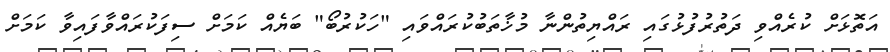
އަތޮޅަށް ކުރެއްވި ދަތުރުފުޅުގައި ރައްޔިތުންނާ މުޚާތަބުކުރައްވައި "ހަކުރުބޯ" ބަޔެއް ކަމަށް ސިފަކުރައްވާފައިވާ ކަމަށް